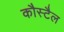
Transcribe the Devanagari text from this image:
कौस्टैल